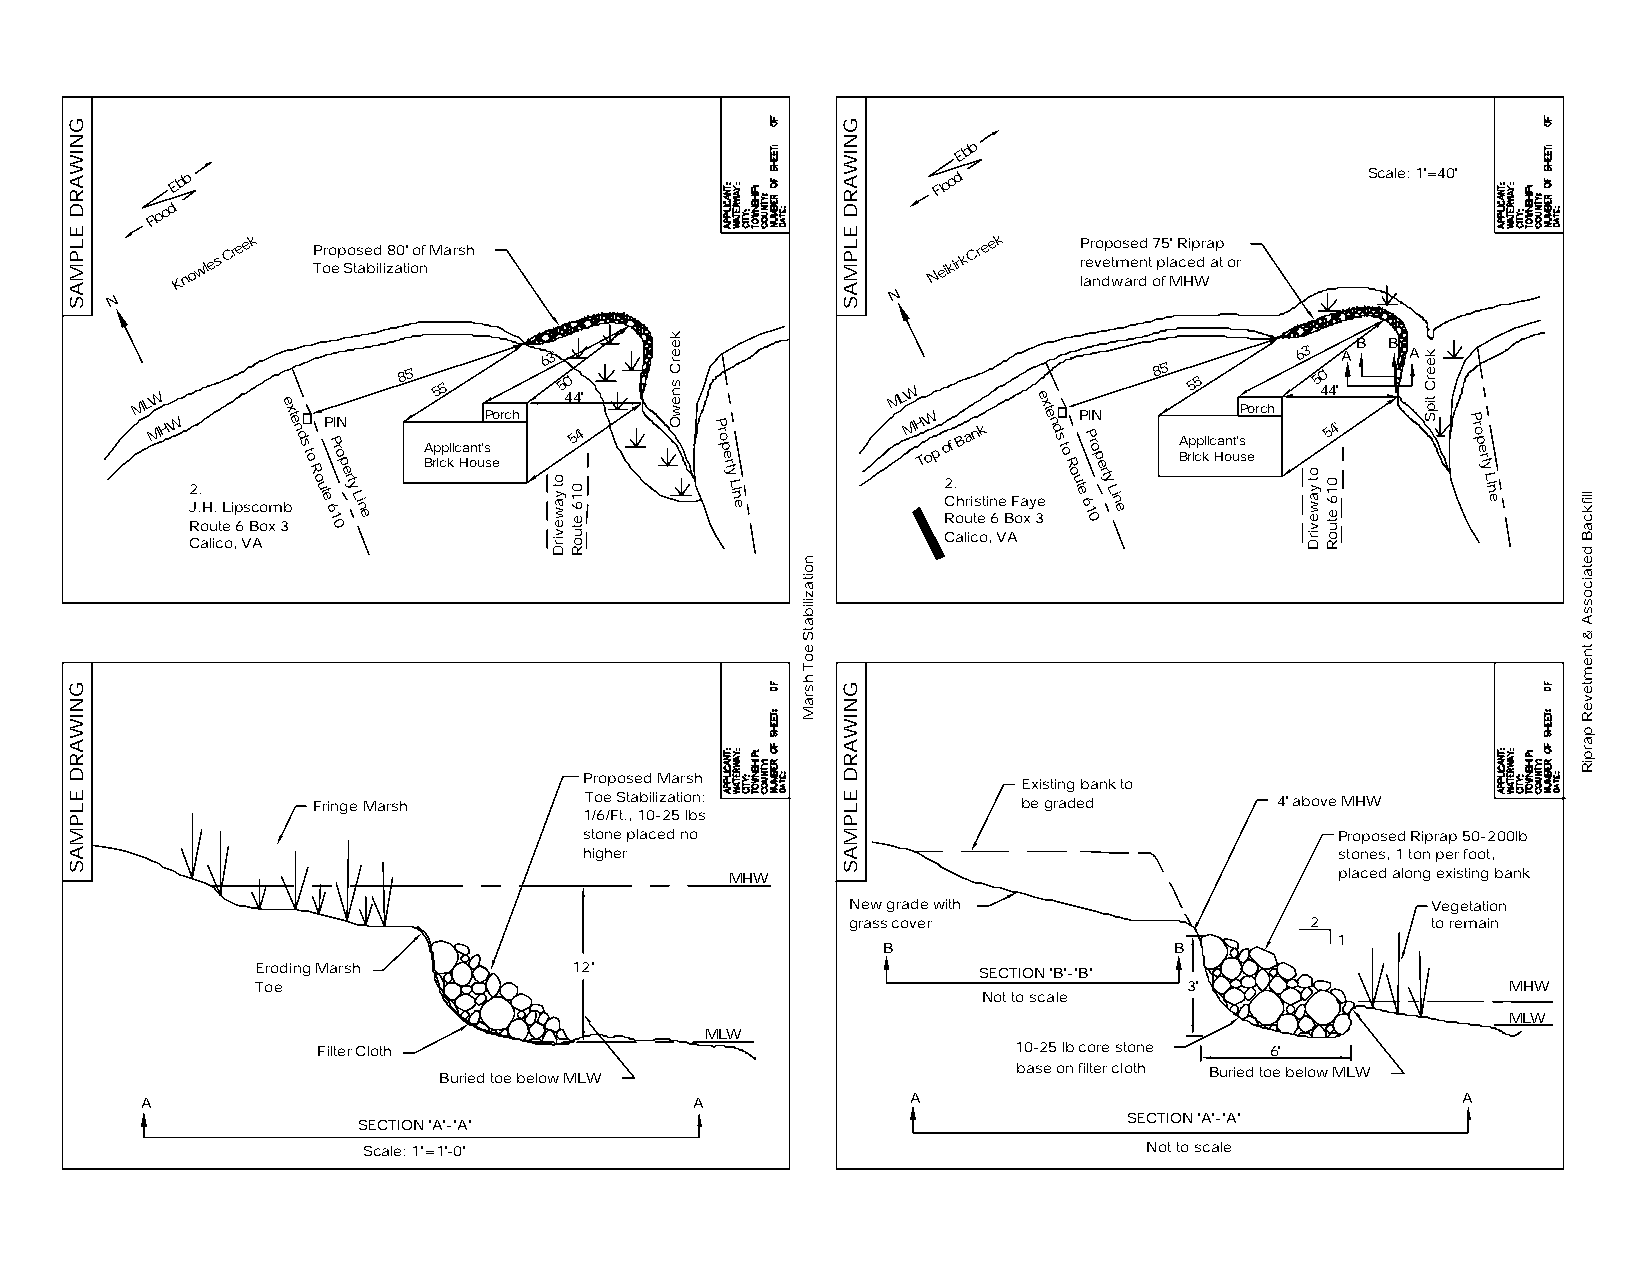
E b b
 E b b                                             Flood                        Scale: 1'=40'
 Flood
 Knowles
 Creek P Toro ep So ts ae bd
 ili
 z8 a0 t'
 i
 oo nf Marsh
 N
 eikirk
 Cre e k P
 r
 laer nvo dep wto ms ae
 e
 rdd
 n t
 o
 7
 p
 f5
 l
 Ma' R
 c
 Heip Wdra ap
 t or
 N
 N
 63'                                               63' A B B A
 ML MW HW J R2 .. oH u. tL ei p 6s Bc oo xm e 3x bte n d s to R o ute P 6P 1 0roI pN e rty Lin e 85' A Brp5 icp5' kli c Ha on ut'sP seo rch 5 4'0 4 5'4 ' P ro p e rty L in e ML MW H TW op C R2of . oh B ura i tsn ek t i n 6e B F oa xy e 3exte n d s to R o ute P 6P 1 0roI pN e rty Lin e 85' A Brp5 icp5' kli c Ha on ut'sP seo rch 5 4'0 4 5'4 ' P ro p e rty L in e
 Calico, VA                                       Calico, VA
 Proposed Marsh               Existing bank to
 Fringe Marsh      Toe Stabilization:           be graded        4' above MHW
 1/6/Ft., 10-25 lbs
 stone placed no                                   Proposed Riprap 50-200lb
 higher                                            stones, 1 ton per foot,
 MHW                                      placed along existing bank
 New grade with                         Vegetation
 grass cover                    2       to remain
 1
 B                   B
 Eroding Marsh        12"                        SECTION "B"-"B"
 Toe                                                           3'                   MHW
 Not to scale
 MLW
 MLW
 Filter Cloth                                  10-25 lb core stone 6'
 Buried toe below MLW                  base on filter cloth Buried toe below MLW
 A                                    A             A                                    A
 SECTION "A"-"A"                                    SECTION "A"-"A"
 Scale: 1"=1'-0"                                     Not to scale
 GNIWARD
 ELPMAS
 GNIWARD
 ELPMAS
 ot yawevirD 016 etuoR
 keerC
 snewO
 noitazilibatS
 eoT
 hsraM
 GNIWARD
 ELPMAS
 GNIWARD
 ELPMAS
 ot yawevirD 016 etuoR
 keerC
 tipS       llifkcaB
 detaicossA
 &
 tnemteveR
 parpiR